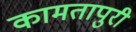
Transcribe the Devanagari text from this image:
कामतापुरी